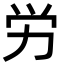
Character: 労